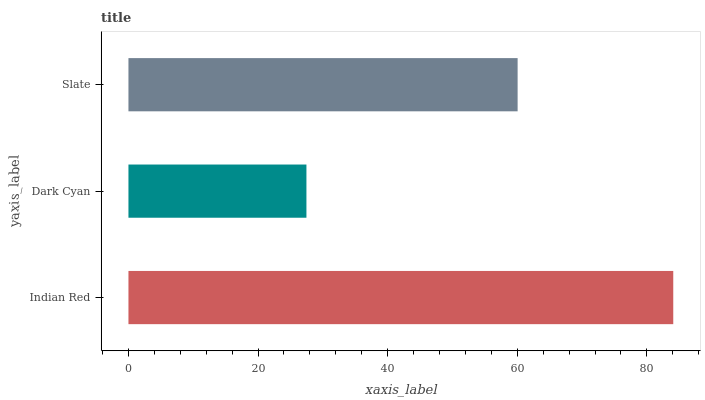
| yaxis_label | bars |
 | --- | --- |
 | Indian Red | 84.1 |
 | Dark Cyan | 27.5 |
 | Slate | 60.1 |